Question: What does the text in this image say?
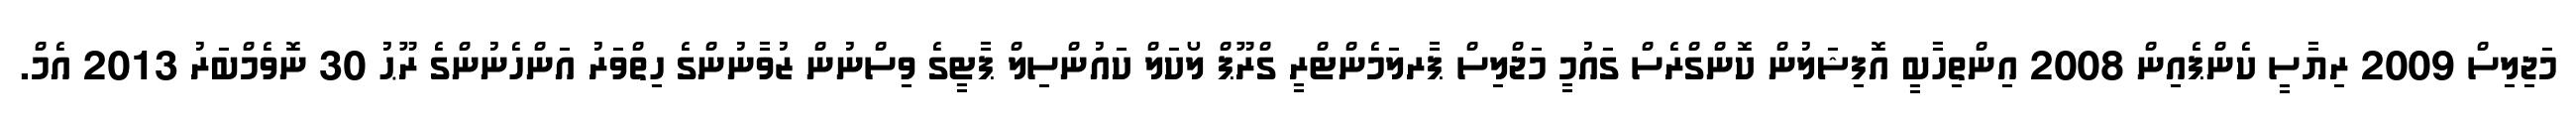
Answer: މަޖިލިސް 2009 ރިޔާސީ ކެންޕެއިން 2008 އިންތިހާބީ އޮފިޝަލުން ކޮންގްރެސް ގައުމީ މަޖްލިސް ޕާރލަމެންޓްރީ ގްރޫޕް ލޯކަލް ކައުންސިލް ޕާޓީގެ ވިސްނުން ޒުވާނުންގެ ހިތްވަރު އަންހެނުންގެ ރޫޙު 30 ނޮވެމްބަރު 2013 އެމް.